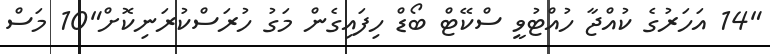
"14 އަހަރުގެ ކުއްޖާ ހުއްޓުވީ ސްކޭޓް ބޯޑް ހިފައިގެން މަގު ހުރަސްކުރަނިކޮށް"10 މަސް